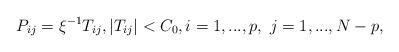
LaTeX: \begin{align*} P_{ij}=\xi^{-1} T_{ij}, |T_{ij}| < C_0, i=1,..., p, \ j=1,..., N-p,\end{align*}